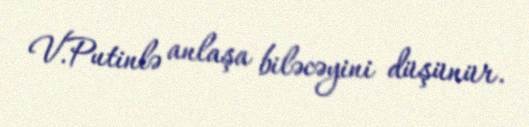
V.Putinlə anlaşa biləcəyini düşünür.